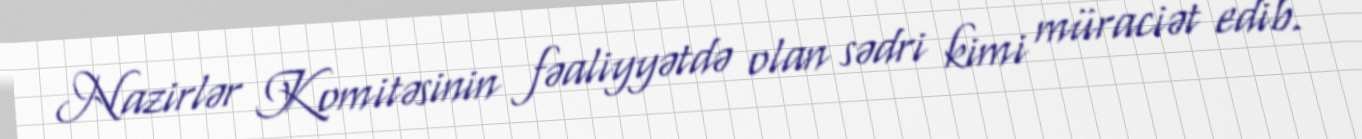
Nazirlər Komitəsinin fəaliyyətdə olan sədri kimi müraciət edib.